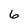
Character: 6